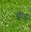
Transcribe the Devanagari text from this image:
ग्रॅफ